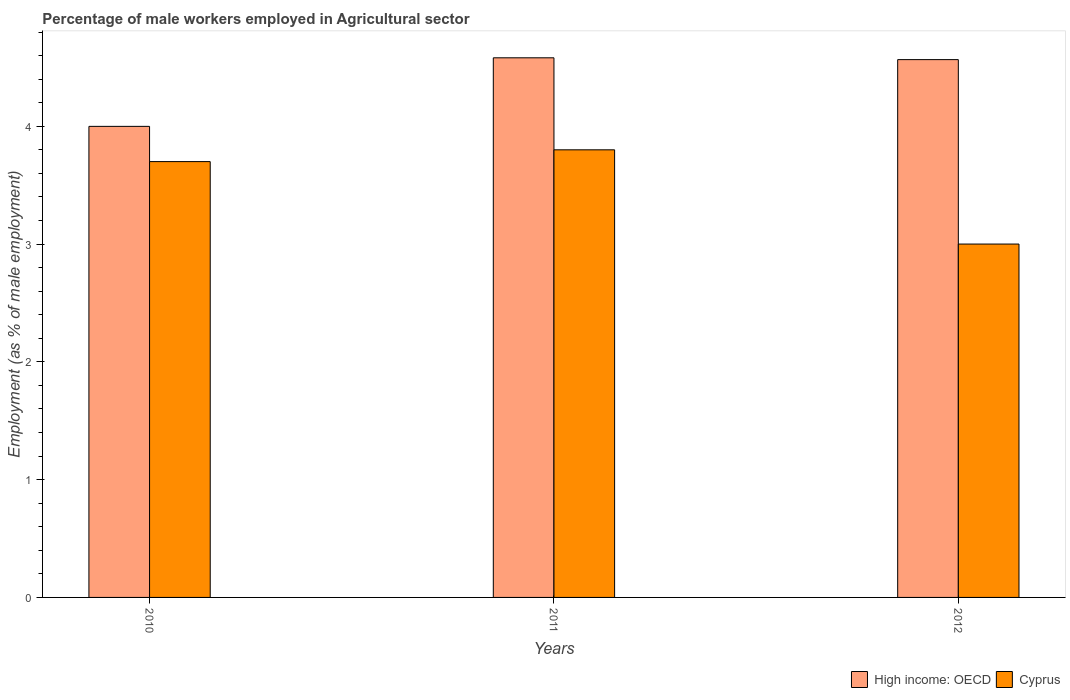
| Years | High income: OECD | Cyprus |
 | --- | --- | --- |
 | 2010 | 4 | 3.7 |
 | 2011 | 4.58 | 3.8 |
 | 2012 | 4.57 | 3 |